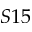
S 1 5